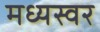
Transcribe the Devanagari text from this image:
मध्यस्वर